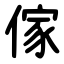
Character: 傢